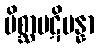
မိစ္ဆာပဋိပန္နာ